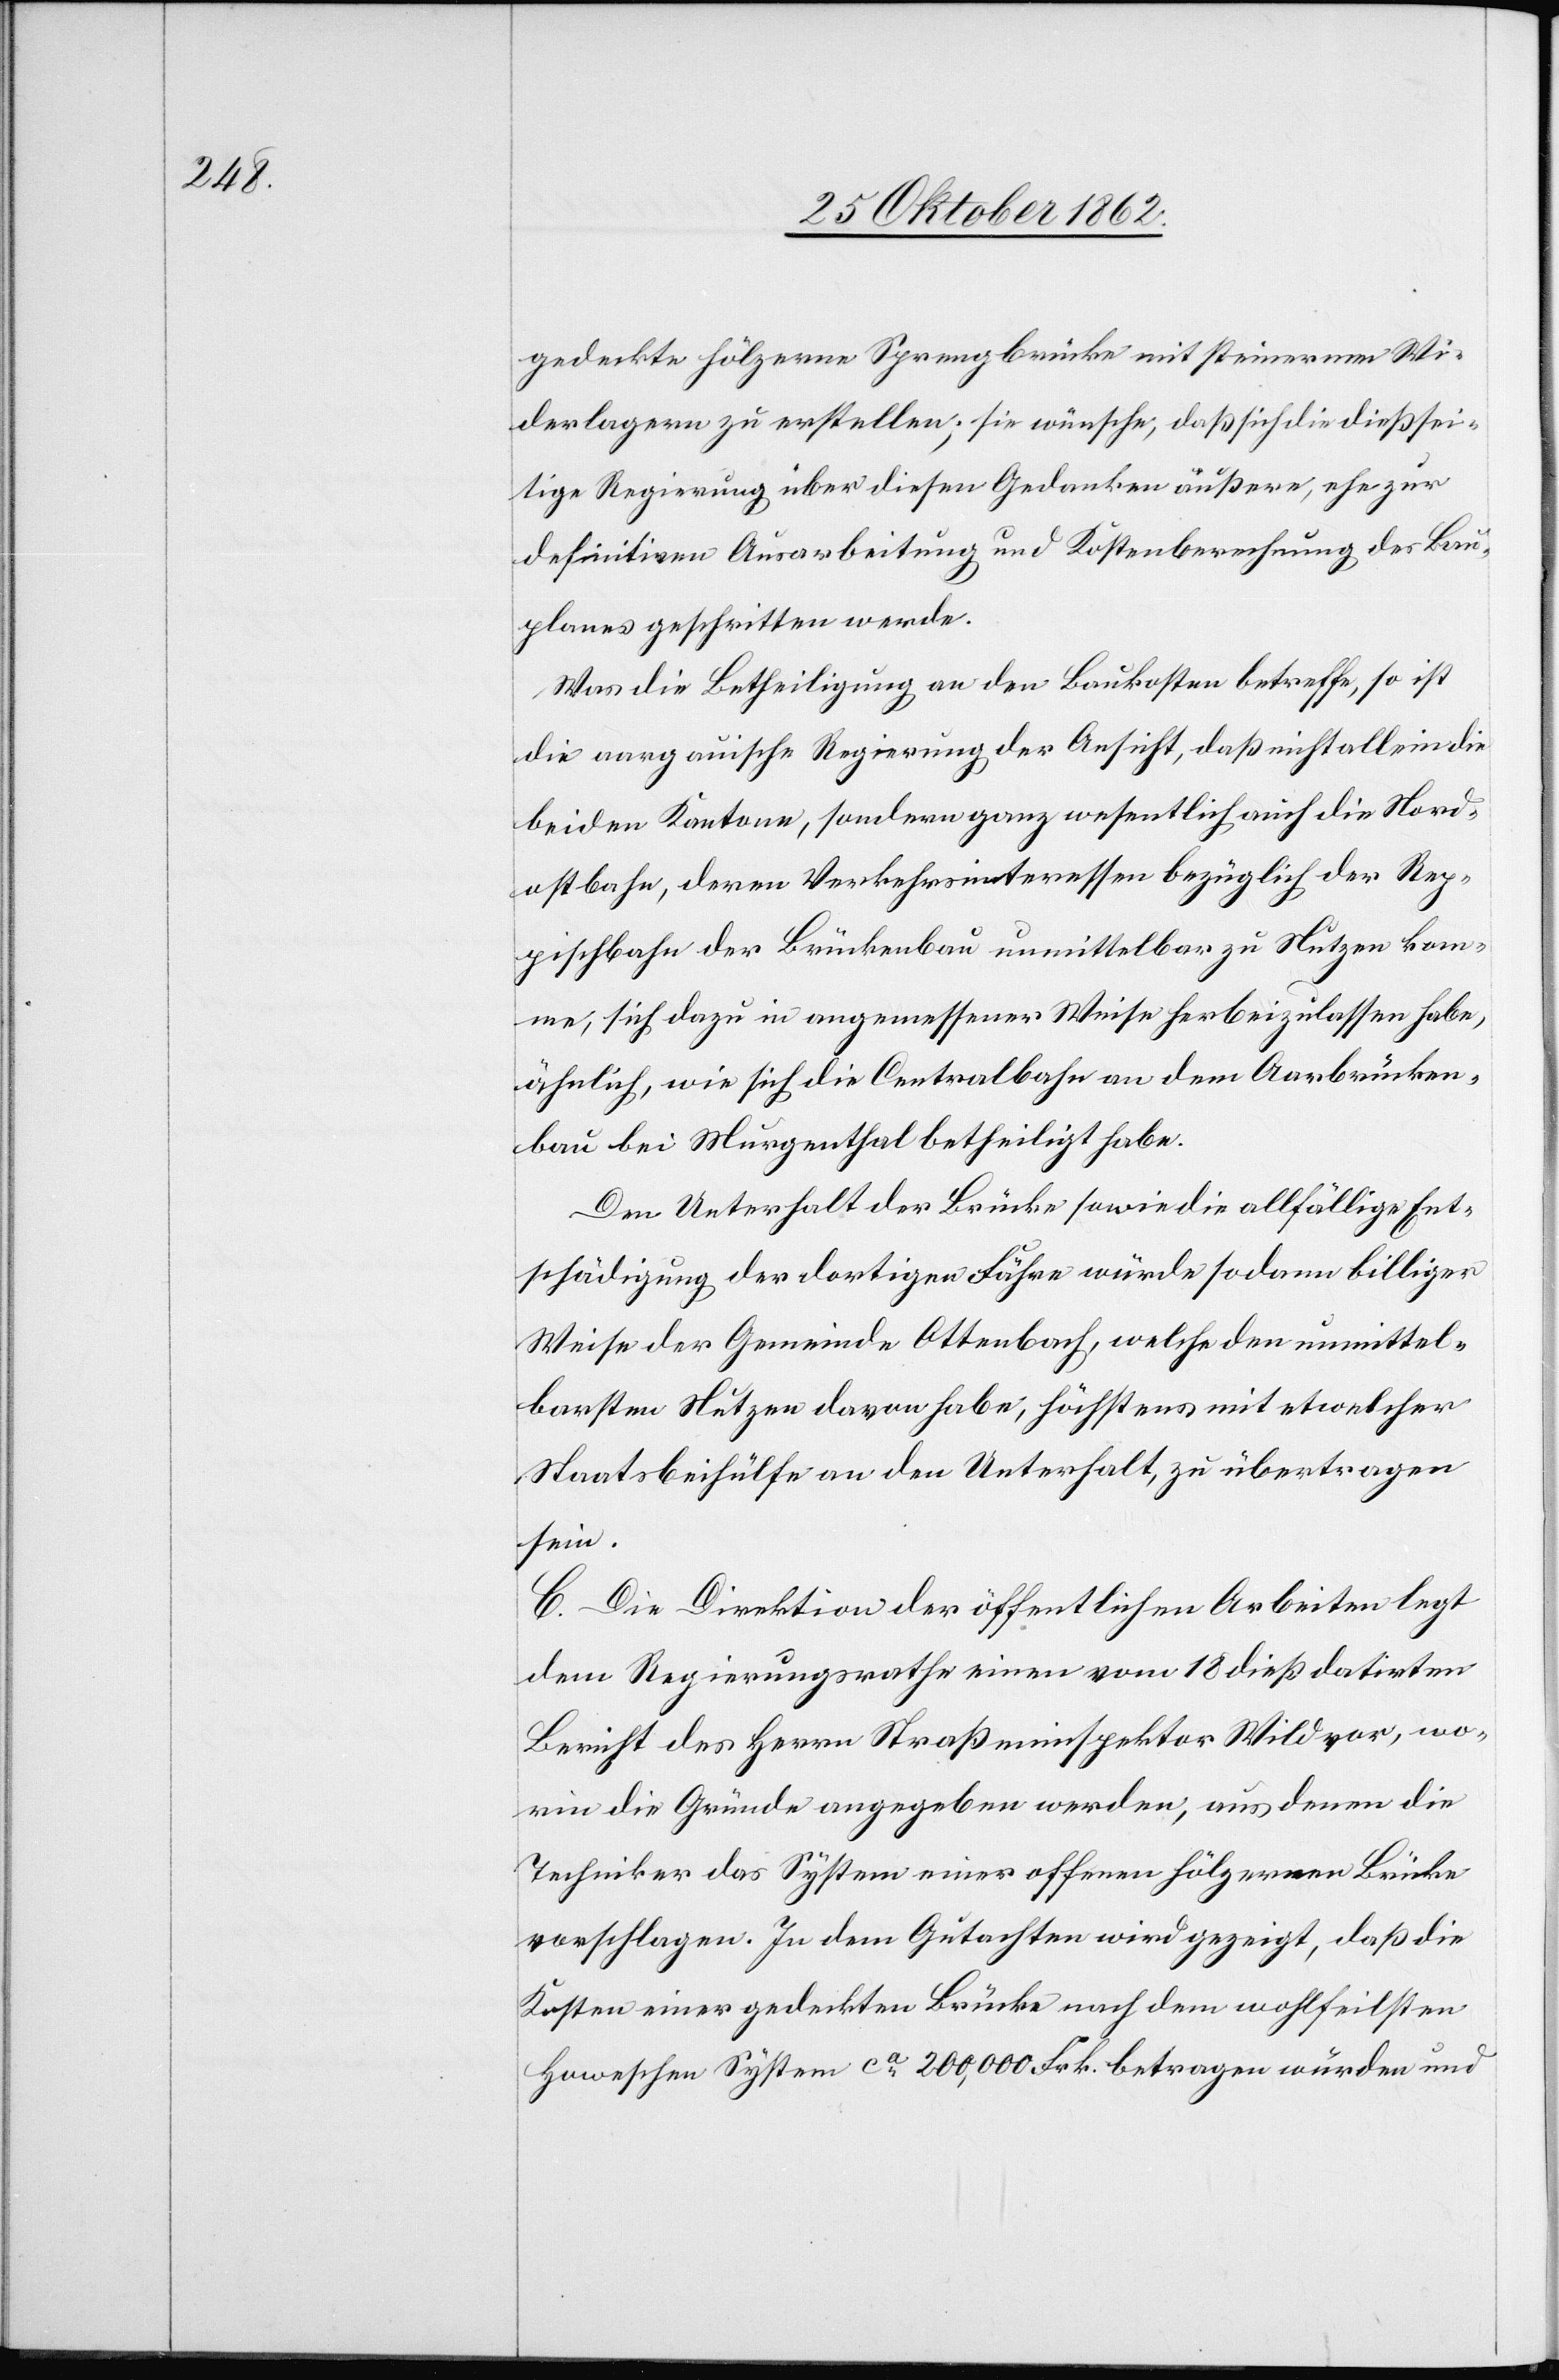
gedeckte hölzerne Sprengbrücke mit steinernen Wi¬
derlangern zu erstellen; sie wünsche, daß sich die dießsei¬
tige Regierung über diesen Gedanken äußere, ehe zur
definitiven Ausarbeitung und Kostenberechnung des Bau¬
planes geschritten werde.
Was die Betheiligung an den Baukosten betreffe, so ist
die aargauische Regierung der Ansicht, daß nicht allein in die
beiden Kantone, sondern ganz wesentlich auch die Nord¬
ostbahn, deren Verkehrsinteressen bezüglich der Rep¬
pischbahn der Brückenbau unmittelbar zu Nutzen ken¬
ne, sich dazu angemessener Weise herbeizulassen habe,
ähnlich, wie sich die Centralbahn an dem Aarbrücken¬
bau bei Murgenthal betheiligt habe.
Den Unterhalt der Brücke sowie die allfällige Ent¬
schädigung der dortigen Fähre würde sodann billiger
Weise der Gemeinde Ottenbach, welche den unmittel¬
barsten Nutzen davon habe, höchstens mit etwelcher
Staatsbeihülfe an den Unterhalt, zu übertragen
sein.
C. Die Direktion der öffentlichen Arbeiten legt
dem Regierungsrathe einen vom 18. dieß datirten
Bericht des Herrn Straßeninspektor Wild vor, wo¬
rin die Gründe angegeben werden, aus denen die
Techniker das System einer offenen hölzernen Brücke
vorschlagen. In dem Gutachten wird gezeigt, daß die
Kosten einer gedeckten Brücke nach dem wohlfeilsten
Howeschen System ca 200,000 Frk. betragen würden und